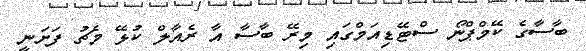
ބާސާގެ ކޭމްޕްނޯ ސްޓޭޑިއަމްގައި މިރޭ ބާސާ އާ ރެއާލް ކުޅޭ މެޗު ފަށަނީ